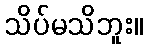
သိပ်မသိဘူး။